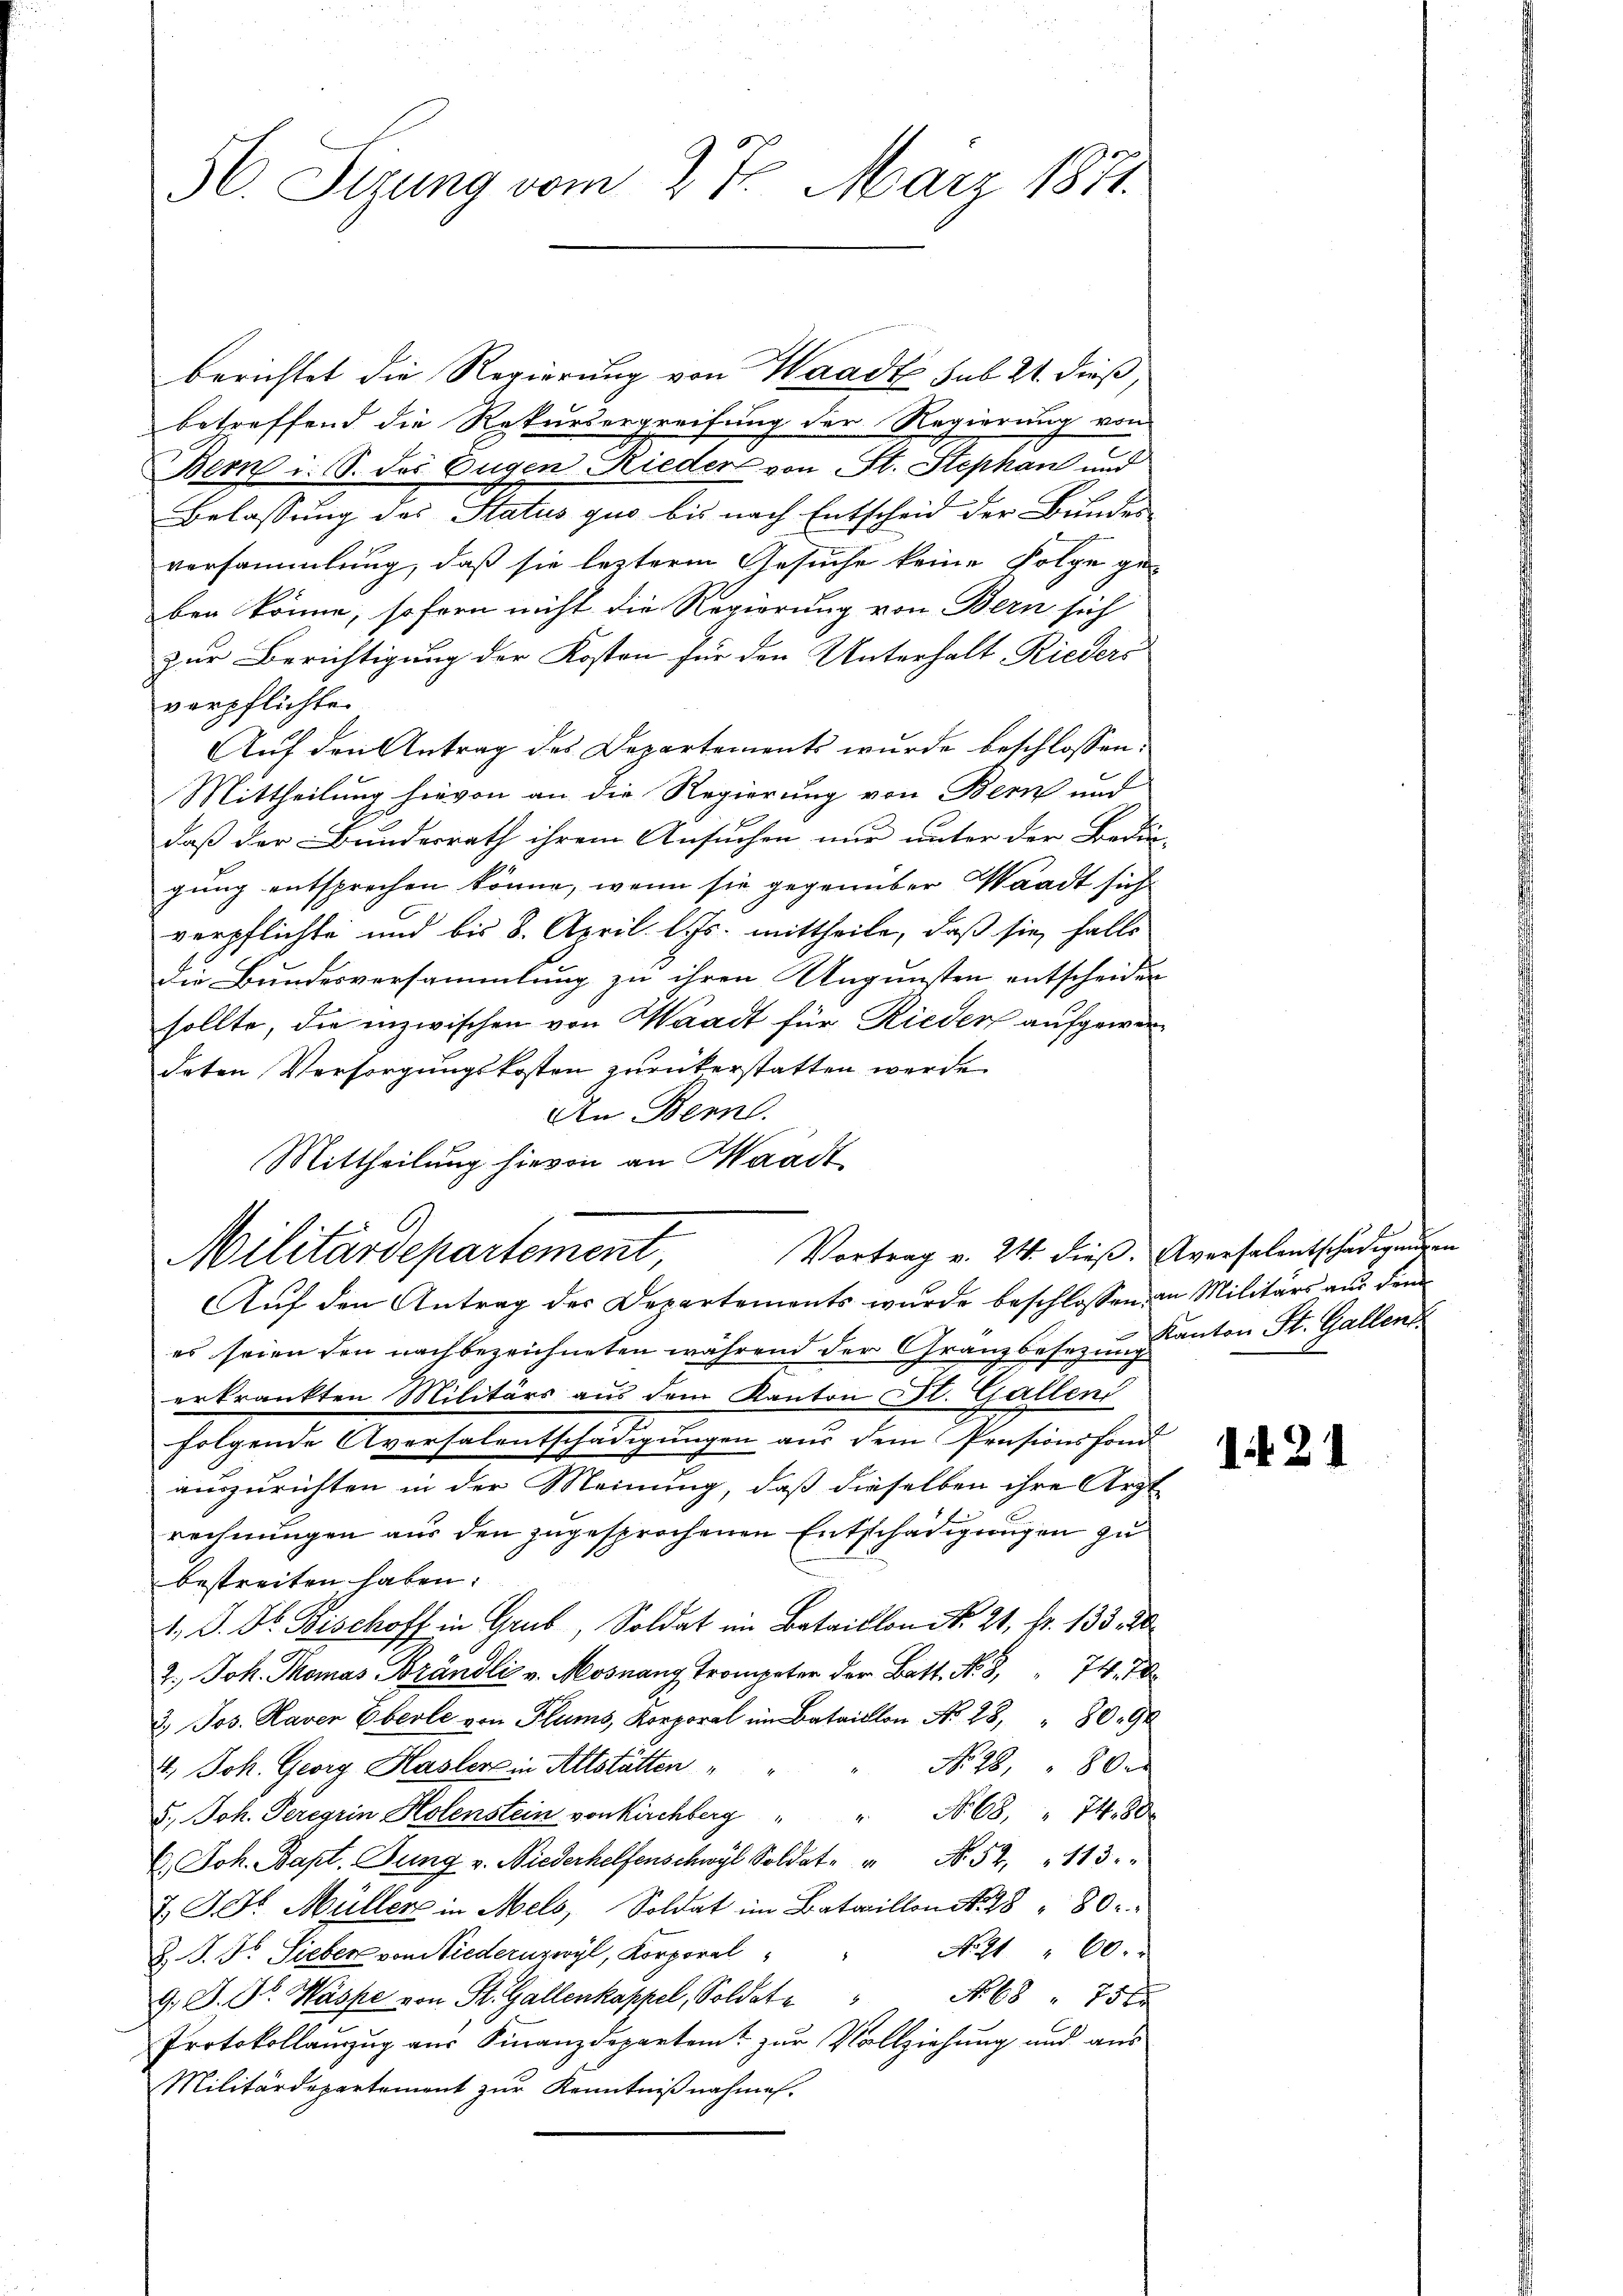
berichtet die Regierung von Waadt sub 21. dieß,
betreffend die Rekursergreifung der Regierung von
Bern i. S. des Eugen-Rieders von St. Stephan und
Belassung des Status quo bis nach Entscheid der Bundes-
versammlung, daß sie lezterm Gesuche keine Folge ge-
ben könne, sofern nicht die Regierung von Bern sich
zur Berichtigung der Kosten für den Unterhalt Rieders
verpflichten
Auf den Antrag des Departements wurde beschlossen:
Mittheilung hievon an die Regierung von Bern und
daß der Bundesrath ihrem Ansuchen nur unter der Bedin-
gung entsprechen könne, wenn sie gegenüber Waadt sich
verpflichte und bis 8. April l. Js. mittheile, daß sie falls
die Bundesversammlung zu ihren Ungunsten entscheiden
sollte, die inzwischen von Waadt für Rieder aufgewordeten Versorgungskosten zurückerstatten werde.
An Bern.
Mittheilung hievon an Waadt
Vortrag v. 24. dieß. Aversalentschädigungen
Militärdepartement,
Auf den Antrag der Departements wurde beschlossen, an Militärs aus dem
es seien den nachbezeichneten während der Granzbesezun kanton St. Gallen
erkrankten Militärs aus dem Kanton St. Galleni
folgende Aversalentschädigungen aus dem Pensionsfond
auszurichten in der Meinung, daß dieselben ihre Arzt
rechnungen aus den zugesprochenen Entschädigungen zu
bestreiten haben.
. P. F. Bischoff in Grub, Soldat im Bataillon No 21. Fr. 133 20
.
3.) Jos. Haver Eberle von
No. 28, " 80
4.) Joh. Georg Hasler in Altstätten
5.) Joh. Peregrin Holenstein von Kirchberg  "  "  No. 68, " 7480
6. Joh. Bapt. Jung v. Niederhelfenschwyl Sold N. 52. 113.
J. J. G. Müller in Mels, Soldat im Bataillon No. 28 " 80
No 11 " 60.
B. J. J. Sieber von Niedernzwyl, Korporal
G. L. St. Wasse von St. Gallenkappel, Soldate " No 68 " 75 xx
Protokollauzug aus Finanzdepartemt zur Vollziehung und aus
Militärdepartement zŭr Kenntniβnahmen.

56. Serung vom 27. März 1871.

i